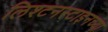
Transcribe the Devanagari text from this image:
लिश्टनस्टाइनच्या